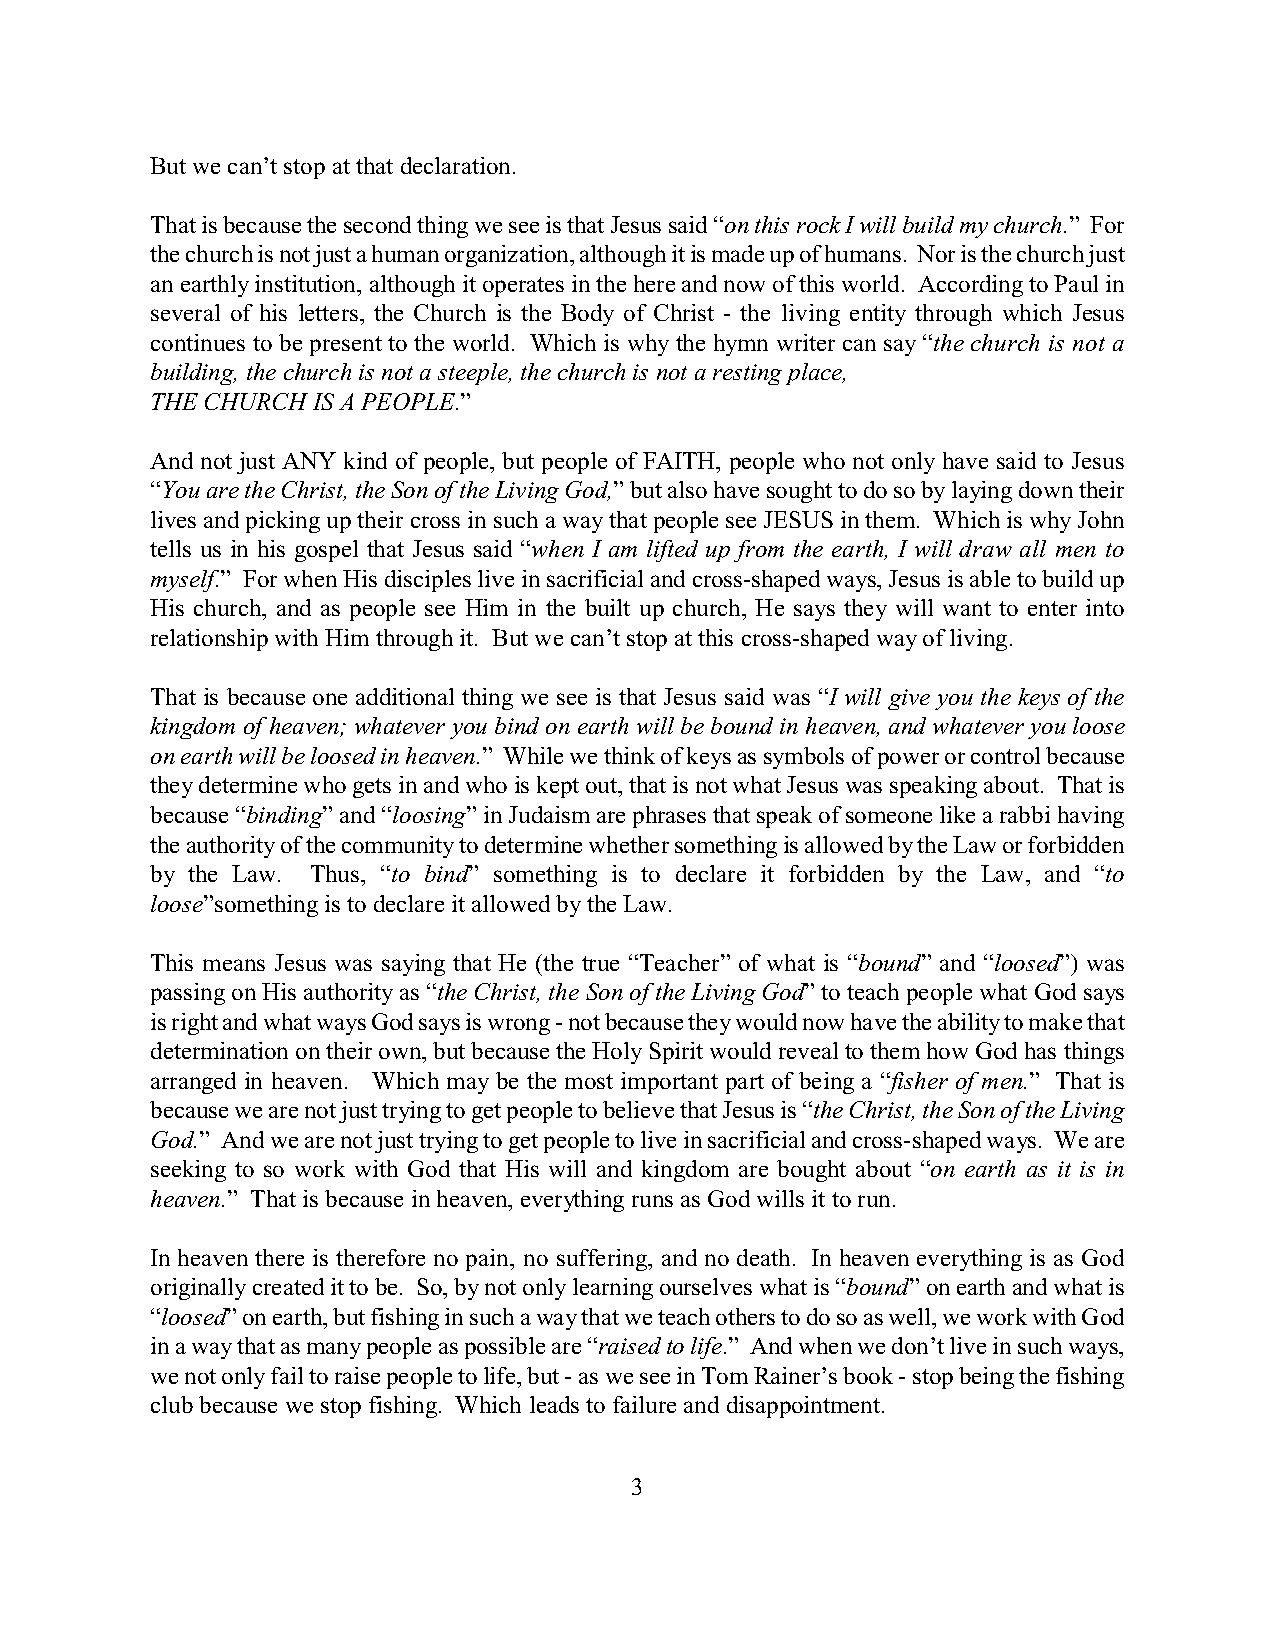
But we can’t stop at that declaration.
 That is because the second thing we see is that Jesus said “on this rock I will build my church.” For
 the church is not just a human organization, although it is made up of humans. Nor is the church just
 an earthly institution, although it operates in the here and now of this world. According to Paul in
 several of his letters, the Church is the Body of Christ - the living entity through which Jesus
 continues to be present to the world. Which is why the hymn writer can say “the church is not a
 building, the church is not a steeple, the church is not a resting place,
 THE CHURCH IS A PEOPLE.”
 And not just ANY kind of people, but people of FAITH, people who not only have said to Jesus
 “You are the Christ, the Son of the Living God,” but also have sought to do so by laying down their
 lives and picking up their cross in such a way that people see JESUS in them. Which is why John
 tells us in his gospel that Jesus said “when I am lifted up from the earth, I will draw all men to
 myself.” For when His disciples live in sacrificial and cross-shaped ways, Jesus is able to build up
 His church, and as people see Him in the built up church, He says they will want to enter into
 relationship with Him through it. But we can’t stop at this cross-shaped way of living.
 That is because one additional thing we see is that Jesus said was “I will give you the keys of the
 kingdom of heaven; whatever you bind on earth will be bound in heaven, and whatever you loose
 on earth will be loosed in heaven.” While we think of keys as symbols of power or control because
 they determine who gets in and who is kept out, that is not what Jesus was speaking about. That is
 because “binding” and “loosing” in Judaism are phrases that speak of someone like a rabbi having
 the authority of the community to determine whether something is allowed by the Law or forbidden
 by the Law. Thus, “to bind” something is to declare it forbidden by the Law, and “to
 loose”something is to declare it allowed by the Law.
 This means Jesus was saying that He (the true “Teacher” of what is “bound” and “loosed”) was
 passing on His authority as “the Christ, the Son of the Living God” to teach people what God says
 is right and what ways God says is wrong - not because they would now have the ability to make that
 determination on their own, but because the Holy Spirit would reveal to them how God has things
 arranged in heaven. Which may be the most important part of being a “fisher of men.” That is
 because we are not just trying to get people to believe that Jesus is “the Christ, the Son of the Living
 God.” And we are not just trying to get people to live in sacrificial and cross-shaped ways. We are
 seeking to so work with God that His will and kingdom are bought about “on earth as it is in
 heaven.” That is because in heaven, everything runs as God wills it to run.
 In heaven there is therefore no pain, no suffering, and no death. In heaven everything is as God
 originally created it to be. So, by not only learning ourselves what is “bound” on earth and what is
 “loosed” on earth, but fishing in such a way that we teach others to do so as well, we work with God
 in a way that as many people as possible are “raised to life.” And when we don’t live in such ways,
 we not only fail to raise people to life, but - as we see in Tom Rainer’s book - stop being the fishing
 club because we stop fishing. Which leads to failure and disappointment.
 3